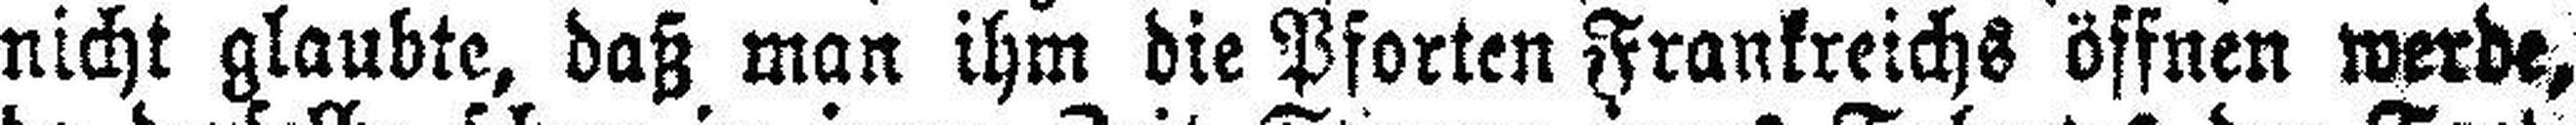
nicht glaubte, daß man ihm die Pforten Frankreichs öffnen werde,